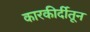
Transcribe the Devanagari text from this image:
कारकीर्दीतून